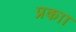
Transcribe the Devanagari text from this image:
प्रकाा